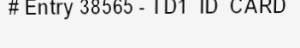
# Entry 38565 - TD1_ID_CARD